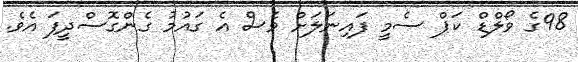
98ގެ ވޯލްޑް ކަޕް ސެމީ ފައިނަލަށް ވެސް އެ ގައުމު ގެންގޮސްދީފަ އެވެ.